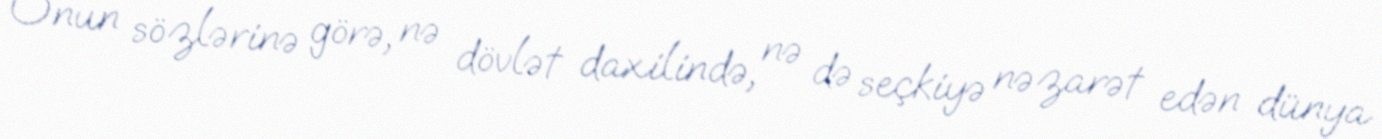
Onun sözlərinə görə, nə dövlət daxilində, nə də seçkiyə nəzarət edən dünya